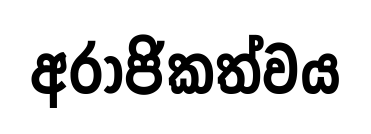
අරාජිකත්වය